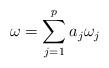
LaTeX: \begin{align*}\omega=\sum_{j=1}^{p}a_j\omega_j\end{align*}